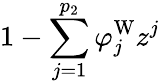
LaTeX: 1-\sum_{j=1}^{p_{2}}\varphi_{j}^{\mathrm{W}}z^{j}